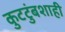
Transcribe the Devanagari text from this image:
कुटटुंबशाही